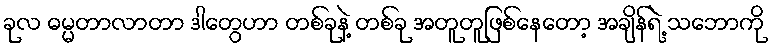
ခုလ ဓမ္မတာလာတာ ဒါတွေဟာ တစ်ခုနဲ့ တစ်ခု အတူတူဖြစ်နေတော့ အချိန်ရဲ့ သဘောကို